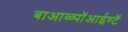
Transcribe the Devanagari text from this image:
बाआळ्पॉआईण्टॅ